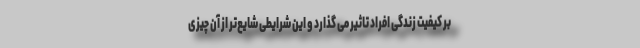
بر کیفیت زندگی افراد تاثیر می گذارد و این شرایطی شایع‌تر از آن چیزی